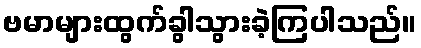
ဗမာများထွက်ခွါသွားခဲ့ကြပါသည်။